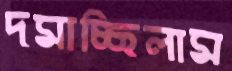
দমাচ্ছিলাম